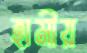
হামীয়